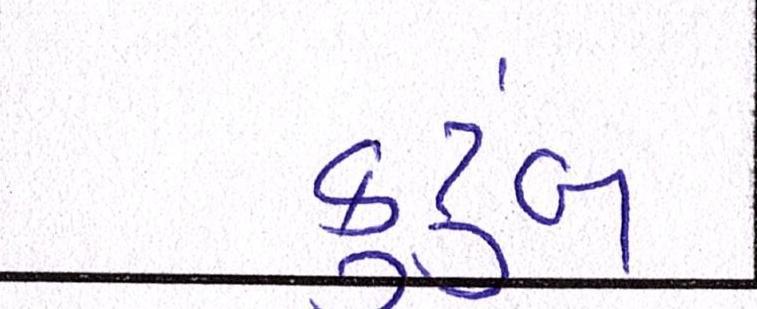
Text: કુટુંબ